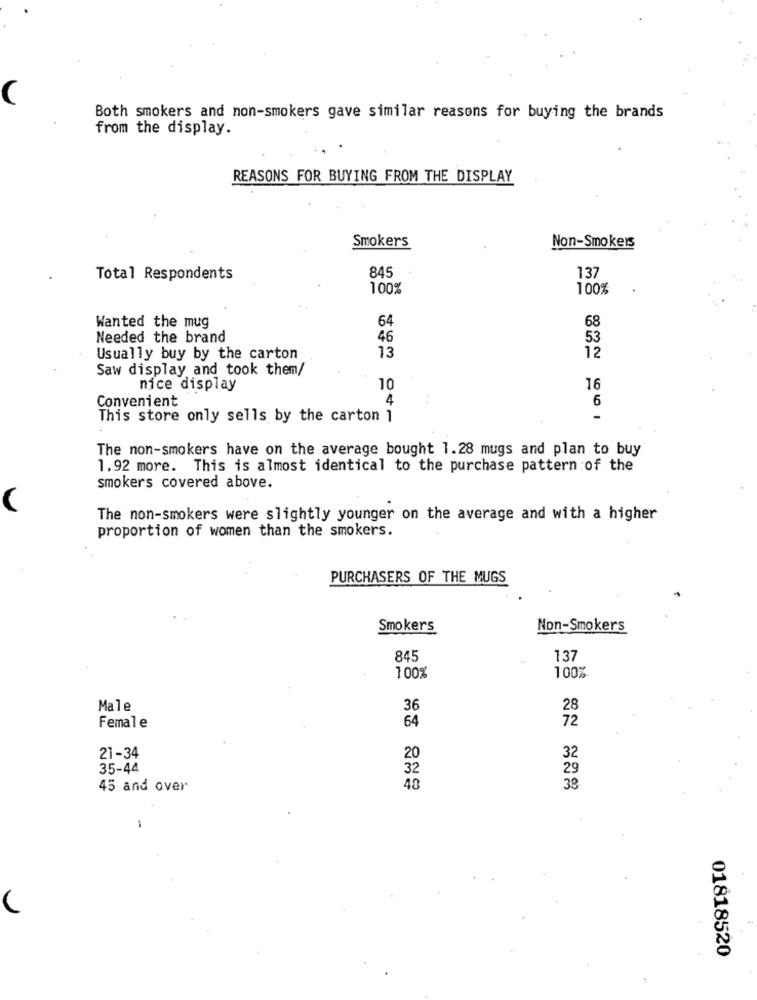
Both smokers and non-smokers gave similar reasons for buying the brands
from the display.
REASONS FOR BUYING FROM THE DISPLAY
Smokers
Non-Smokers
Total Respondents
845
137
100%
100%
64
68
Wanted the mug
Needed the brand
46
53
Usually buy by the carton
13
12
Saw display and took them/
nice display
10
16
Convenient
4
6
This store only sells by the carton 1
-
The non-smokers have on the average bought 1.28 mugs and plan to buy
1.92 more. This is almost identical to the purchase pattern of the
smokers covered above.
The non-smokers were slightly younger on the average and with a higher
proportion of women than the smokers.
PURCHASERS OF THE MUGS
Smokers
Non-Smokers
845
137
100%
100%
Male
36
28
64
72
Female
32
21-34
20
35-44
32
29
45 and over
48
01818520